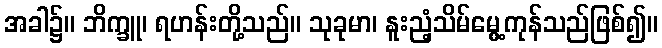
အခါ၌။ ဘိက္ခူ၊ ရဟန်းတို့သည်။ သုခုမာ၊ နူးညံ့သိမ်မွေ့ကုန်သည်ဖြစ်၍။